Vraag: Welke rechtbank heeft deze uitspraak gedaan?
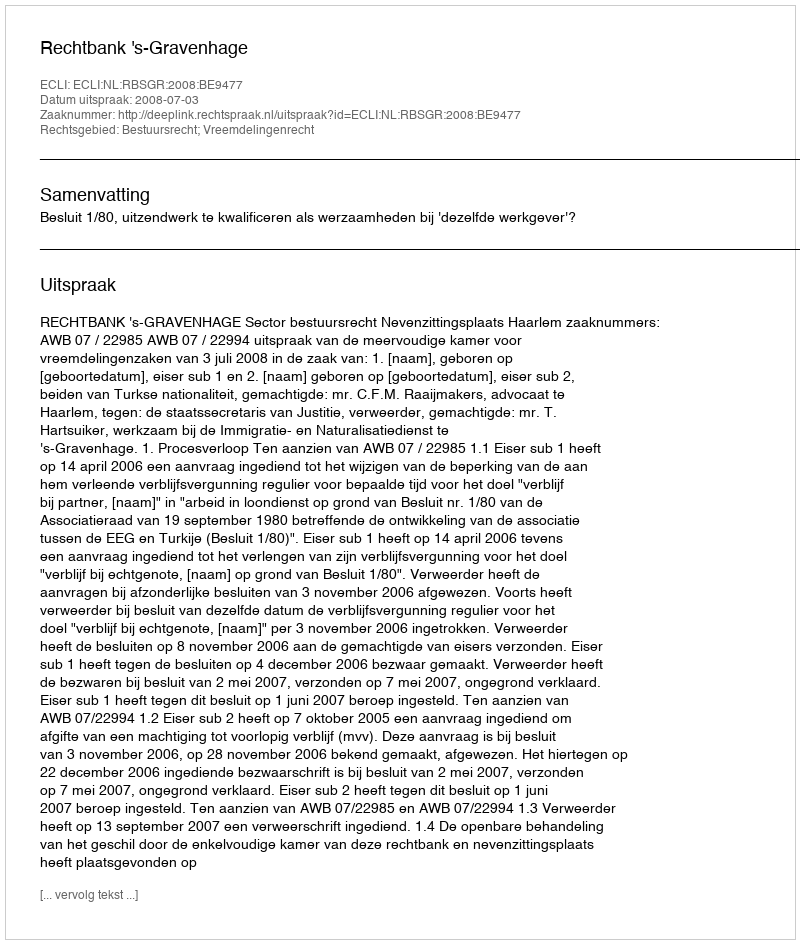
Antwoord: Rechtbank 's-Gravenhage